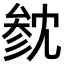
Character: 𪠟